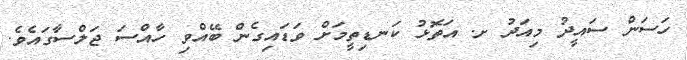
ހަސަން ސައީދު މިއަދު ށ. އަތޮޅު ކަނޑިތީމަށް ވަޑައިގެން ބޭއްވި ހާއްސަ ޖަލްސާގައެވެ.